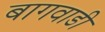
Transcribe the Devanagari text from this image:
बागवाडी